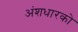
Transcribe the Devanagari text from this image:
अंशधारको